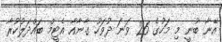
އޭނާ ބުނީ މި މަހުގެ 26 ވަނަ ދުވަހު ގާނާއާ އެޓީމް ބައްދަލުކުރާ